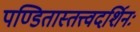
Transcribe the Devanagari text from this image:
पण्डितास्तत्त्वदर्शिनः